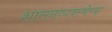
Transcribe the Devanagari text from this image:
शासनव्यवस्थेच्या